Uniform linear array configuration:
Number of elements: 12
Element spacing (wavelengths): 0.25
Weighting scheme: binomial
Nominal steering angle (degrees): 0
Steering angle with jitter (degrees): -0.7553
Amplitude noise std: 0.05
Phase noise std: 0.05

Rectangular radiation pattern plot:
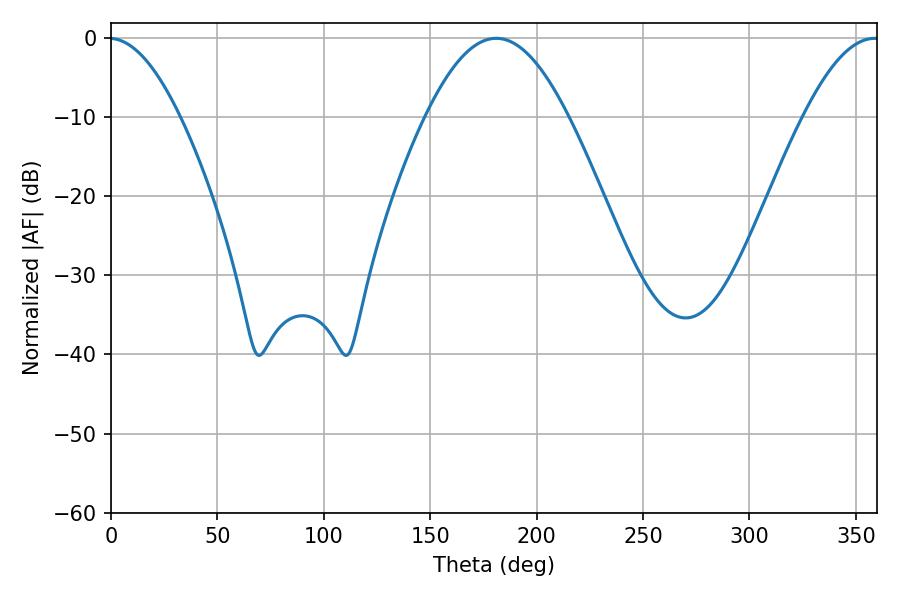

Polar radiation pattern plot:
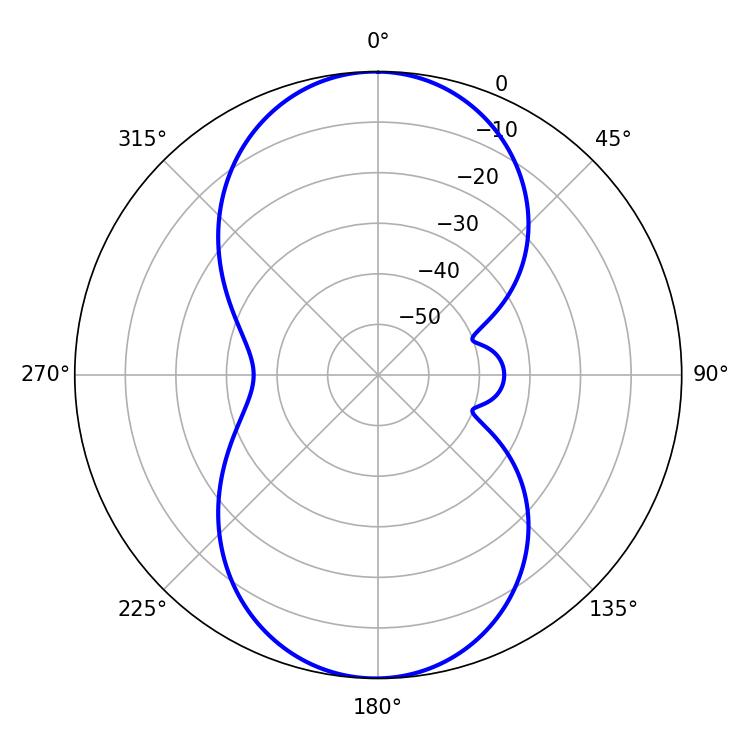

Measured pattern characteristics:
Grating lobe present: FALSE
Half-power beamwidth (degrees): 36.36
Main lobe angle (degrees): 181.08